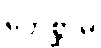
ဘေစ္ဆာမိ